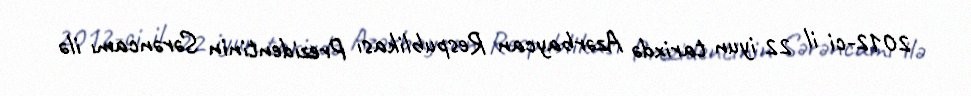
2012-ci il 22 iyun tarixdə Azərbaycan Respublikası Prezidentinin Sərəncamı ilə